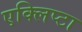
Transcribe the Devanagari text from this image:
एक्लिप्टा